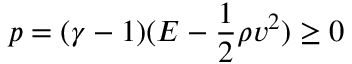
p = ( \gamma - 1 ) ( E - \frac { 1 } { 2 } \rho v ^ { 2 } ) \ge 0